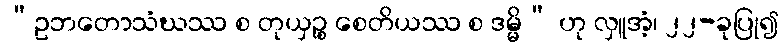
“ဥဘတောသံဃဿ စ တုယှဉ္စ စေတိယဿ စ ဒမ္မိ” ဟု လှူအံ့၊ ၂၂-ခုပြု၍